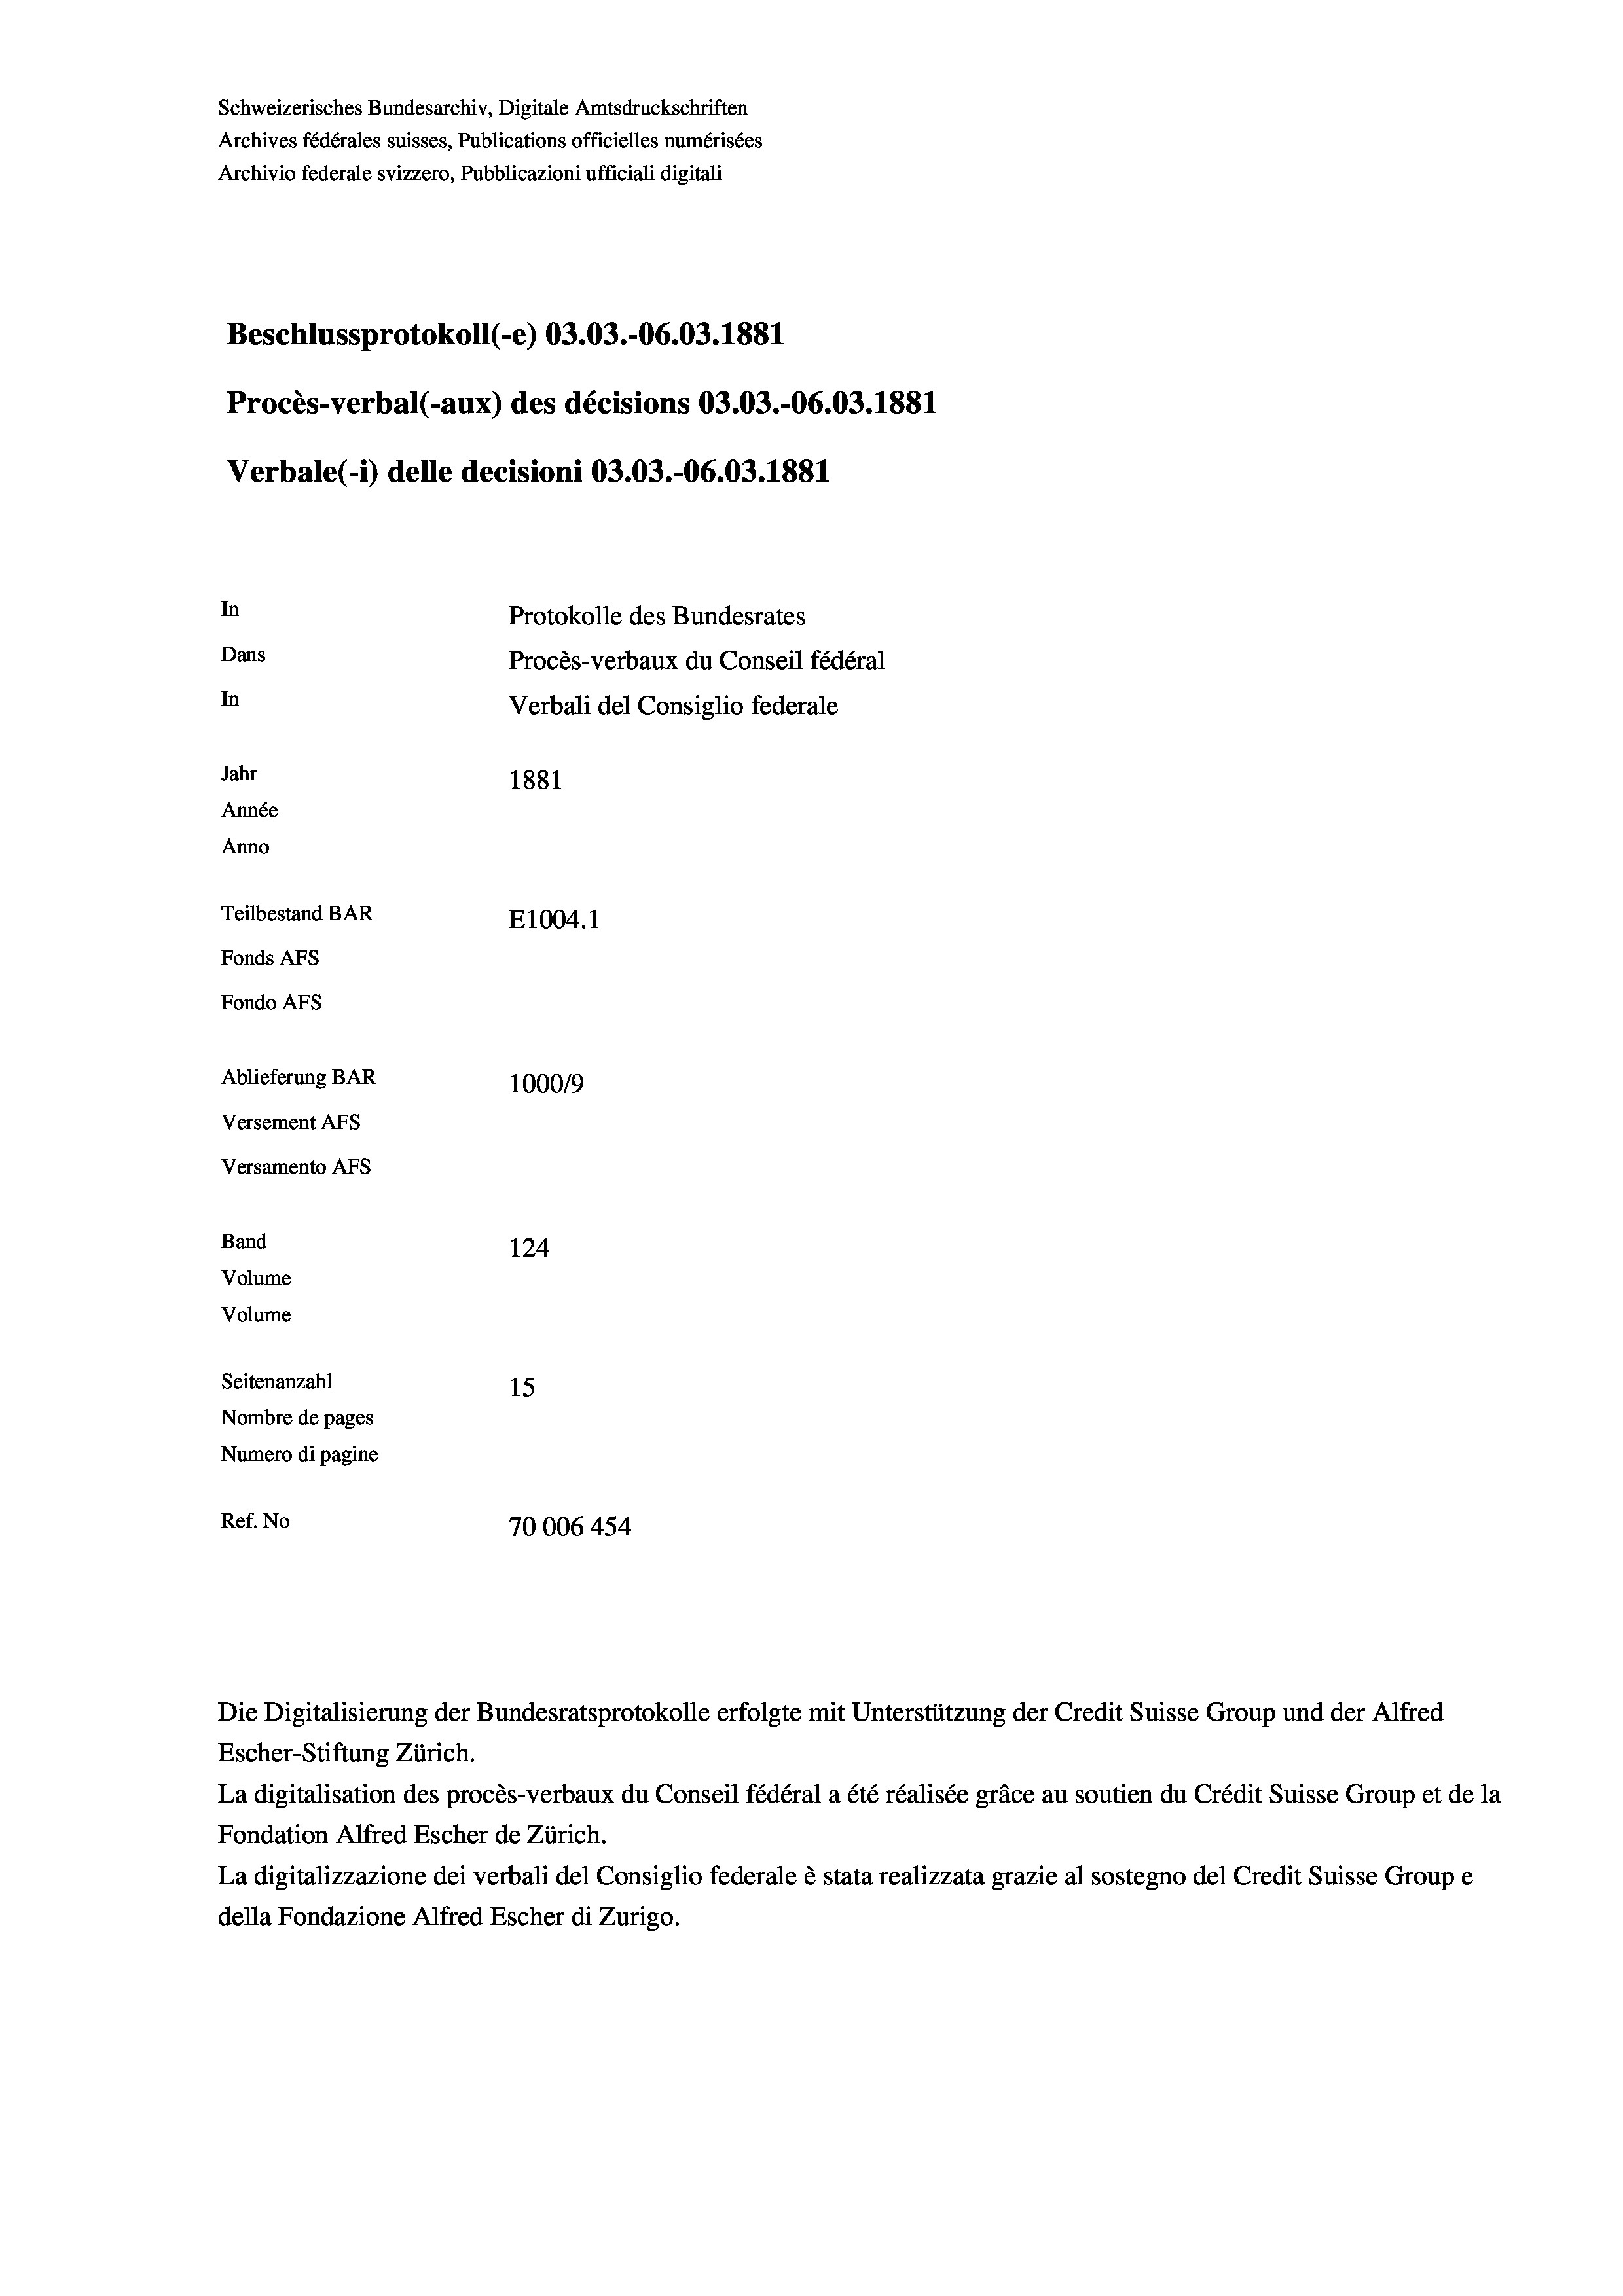
Schweizerisches Bundesarchiv, Digitale Amtsdruckschriften
Archives fédérales suisses, Publications officielles numérisées
Archivio federale svizzero, Pubblicazioni ufficiali digitali
Beschlussprotokoll (-e) 03.03.-06.03. 1881
Procès-verbal (-aux) des décisions 03.03.-06.03. 1881
Verbale (i) delle decisioni 03.03.-06.03. 1881
In
Protokolle des Bundesrates
Dans
Procès-verbaux du Conseil fédéral
In
Verbali del Consiglio federale
Jahr
1881
Année
Anno
Teilbestand BAR
E1004. 1
Fonds AFs
Fondo Afs
Ablieferung BAR
100019
Versement AFs
Versamento Afs
Band
124
Volume
Volume
Seitenanzahl
15
Nombre de pages
Numero di pagine
Ref. No
70006 454

La digitalisation des procès-verbaux du Conseil fédéral a été réalisée gräce au soutien du Crédit Suisse Group et de la
Fondation Alfred Escher de Zürich.
La digitalizzazione dei verbali del Consiglio federale è stata realizzata grazie al sostegno del Credit Suisse Groupe
della Fondazione Alfred Escher di Zurigo.

Die Digitalisierung der Bundesratsprotokolle erfolgte mit Unterstützung der Credit Suisse Group und der Alfred
Escher-Stiftung Zürich.